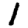
Digit: 1